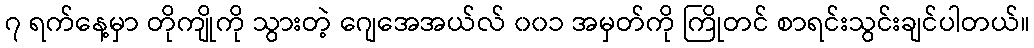
၇ ရက်နေ့မှာ တိုကျိုကို သွားတဲ့ ဂျေအေအယ်လ် ၀၀၁ အမှတ်ကို ကြိုတင် စာရင်းသွင်းချင်ပါတယ်။